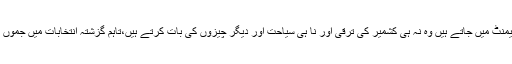
تقریب کے حاشیہ پر نامہ نگاروں سے بات کرتے ہوئے کھنہ نے وادی سے جو بھی نمائندے پارلیمنٹ میں جاتے ہیں وہ نہ ہی کشمیر کی ترقی اور نا ہی سیاحت اور دیگر چیزوں کی بات کرتے ہیں،تاہم گزشتہ انتخابات میں جموں اور لداخ سے بھاجپا کی ٹکٹ پر کامیاب ہوئے امیدوارں نے اپنے خطوں کی بھر پور ترجمانی کی۔